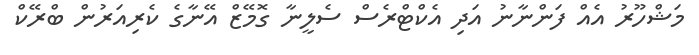
މަޝްހޫރު އެއް ފަންނާނު އަދި އެކްޓްރެސް ސެލީނާ ގޮމޭޒް އޭނާގެ ކެރިއަރުން ބްރޭކް